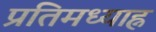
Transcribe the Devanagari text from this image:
प्रतिमध्याह्न